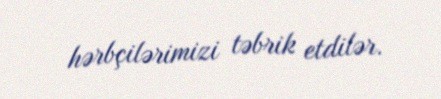
hərbçilərimizi təbrik etdilər.